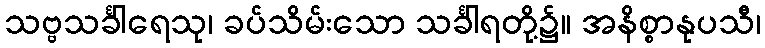
သဗ္ဗသင်္ခါရေသု၊ ခပ်သိမ်းသော သင်္ခါရတို့၌။ အနိစ္စာနုပသီ၊